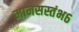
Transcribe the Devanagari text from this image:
मानसस्तंभ६